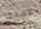
تهدئ